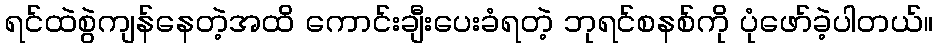
ရင်ထဲစွဲကျန်နေတဲ့အထိ ကောင်းချီးပေးခံရတဲ့ ဘုရင်စနစ်ကို ပုံဖော်ခဲ့ပါတယ်။